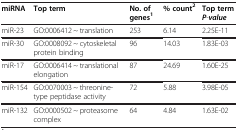
<table><thead><tr><td><b>miRNA</b></td><td><b>Top term</b></td><td><b>No. of genes<sup>1</sup></b></td><td><b>% count<sup>2</sup></b></td><td><b>Top term <i>P</i>-<i>value</i></b></td></tr></thead><tbody><tr><td>miR-23</td><td>GO:0006412 ~ translation</td><td>253</td><td>6.14</td><td>2.25E-11</td></tr><tr><td>miR-30</td><td>GO:0008092 ~ cytoskeletal protein binding</td><td>96</td><td>14.03</td><td>1.83E-03</td></tr><tr><td>miR-17</td><td>GO:0006414 ~ translational elongation</td><td>87</td><td>24.69</td><td>1.60E-25</td></tr><tr><td>miR-154</td><td>GO:0070003 ~ threonine-type peptidase activity</td><td>72</td><td>5.88</td><td>3.98E-05</td></tr><tr><td>miR-132</td><td>GO:0000502 ~ proteasome complex</td><td>64</td><td>4.84</td><td>1.63E-02</td></tr></tbody></table>